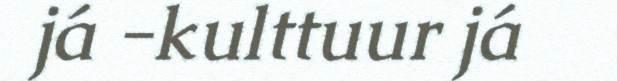
já -kulttuur já